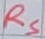
Text: RS